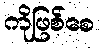
ကိုဖြစ်စေ